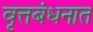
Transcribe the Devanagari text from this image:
वृत्तबंधनात